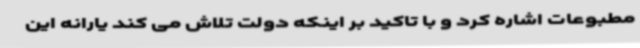
مطبوعات اشاره کرد و با تاکید بر اینکه دولت تلاش می کند یارانه این